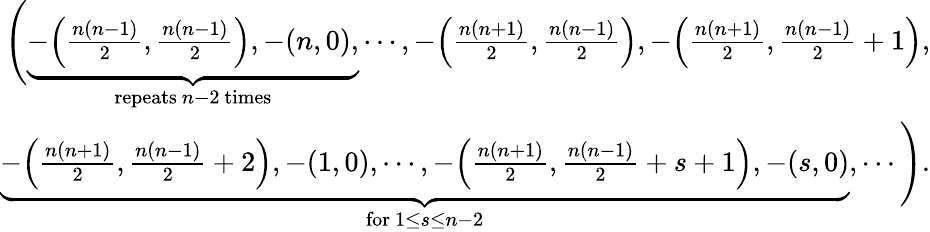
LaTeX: \begin{array}{r}{\Bigg(\underbrace{-\Big(\frac{n(n-1)}{2},\frac{n(n-1)}{2}\Big),-(n,0),}_{\mathrm{repeats~}n-2\mathrm{~times}}\cdots,-\Big(\frac{n(n+1)}{2},\frac{n(n-1)}{2}\Big),-\Big(\frac{n(n+1)}{2},\frac{n(n-1)}{2}+1\Big),}\\ {\underbrace{-\Big(\frac{n(n+1)}{2},\frac{n(n-1)}{2}+2\Big),-(1,0),\cdots,-\Big(\frac{n(n+1)}{2},\frac{n(n-1)}{2}+s+1\Big),-(s,0)}_{\mathrm{for~}1\leq s\leq n-2},\cdots\Bigg).}\end{array}